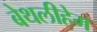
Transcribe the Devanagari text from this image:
बेथलीहेम